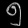
Digit: ၅